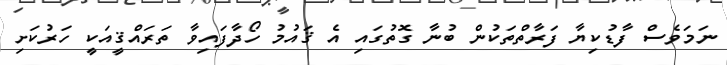
ނަމަވެސް ފާޑުކިޔާ ފަރާތްތަކުން ބުނާ ގޮތުގައި އެ ޤައުމު ހޯދާފައިވާ ތަރައްޤީއަކީ ހަރުކަށި